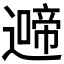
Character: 𮟍